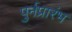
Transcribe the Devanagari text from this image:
पुर्नप्रारंभ